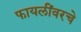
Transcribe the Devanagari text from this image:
फायलींवरचे